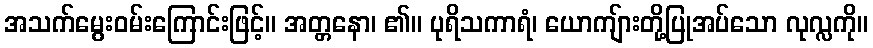
အသက်မွေးဝမ်းကြောင်းဖြင့်။ အတ္တနော၊ ၏။ ပုရိသကာရံ၊ ယောကျ်ားတို့ပြုအပ်သော လုလ္လကို။